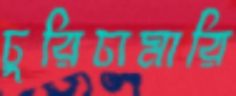
চুরিচামারি